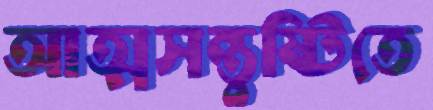
আত্মসন্তুষ্টিতে